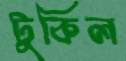
টুকিল